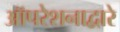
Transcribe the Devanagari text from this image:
ऑपरेशनाद्वारे